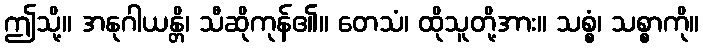
ဤသို့။ အနုဂါယန္တိ၊ သီဆိုကုန်၏။ တေသံ၊ ထိုသူတို့အား။ သစ္စံ၊ သစ္စာကို။